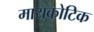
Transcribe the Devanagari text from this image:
मायकोटिक